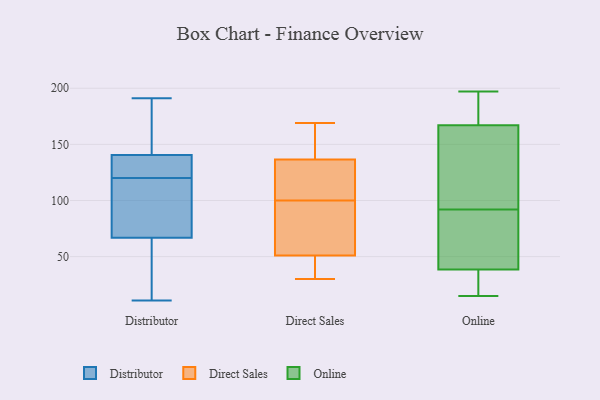
{"axis": {"x": "LTV (USD)", "y": "Value"}, "legend": ["Direct Sales", "Distributor", "Online"], "data": [{"x": "", "y": 82, "type": "Distributor"}, {"x": "", "y": 75, "type": "Distributor"}, {"x": "", "y": 132, "type": "Distributor"}, {"x": "", "y": 167, "type": "Distributor"}, {"x": "", "y": 191, "type": "Distributor"}, {"x": "", "y": 32, "type": "Distributor"}, {"x": "", "y": 64, "type": "Distributor"}, {"x": "", "y": 158, "type": "Distributor"}, {"x": "", "y": 60, "type": "Distributor"}, {"x": "", "y": 128, "type": "Distributor"}, {"x": "", "y": 120, "type": "Distributor"}, {"x": "", "y": 93, "type": "Distributor"}, {"x": "", "y": 124, "type": "Distributor"}, {"x": "", "y": 90, "type": "Distributor"}, {"x": "", "y": 162, "type": "Distributor"}, {"x": "", "y": 11, "type": "Distributor"}, {"x": "", "y": 143, "type": "Distributor"}, {"x": "", "y": 133, "type": "Distributor"}, {"x": "", "y": 24, "type": "Distributor"}, {"x": "", "y": 139, "type": "Direct Sales"}, {"x": "", "y": 97, "type": "Direct Sales"}, {"x": "", "y": 169, "type": "Direct Sales"}, {"x": "", "y": 121, "type": "Direct Sales"}, {"x": "", "y": 134, "type": "Direct Sales"}, {"x": "", "y": 30, "type": "Direct Sales"}, {"x": "", "y": 169, "type": "Direct Sales"}, {"x": "", "y": 36, "type": "Direct Sales"}, {"x": "", "y": 103, "type": "Direct Sales"}, {"x": "", "y": 73, "type": "Direct Sales"}, {"x": "", "y": 63, "type": "Direct Sales"}, {"x": "", "y": 39, "type": "Direct Sales"}, {"x": "", "y": 194, "type": "Online"}, {"x": "", "y": 197, "type": "Online"}, {"x": "", "y": 143, "type": "Online"}, {"x": "", "y": 42, "type": "Online"}, {"x": "", "y": 35, "type": "Online"}, {"x": "", "y": 153, "type": "Online"}, {"x": "", "y": 114, "type": "Online"}, {"x": "", "y": 54, "type": "Online"}, {"x": "", "y": 70, "type": "Online"}, {"x": "", "y": 181, "type": "Online"}, {"x": "", "y": 27, "type": "Online"}, {"x": "", "y": 15, "type": "Online"}]}